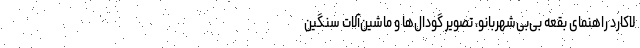
لاکارد راهنمای بقعه بی‌بی‌شهربانو، تصویر گودال‌ها و ماشین‌آلات سنگین